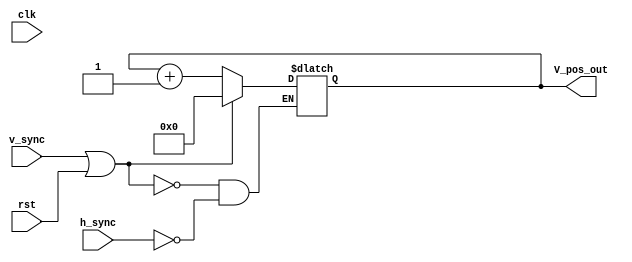
module count_h_sync(
    input wire clk,
    input wire rst,
    input wire h_sync,
    input wire v_sync,
    output reg [9:0] V_pos_out
);

   reg [9:0] V_pos = 0;

    always @(clk) begin
		if (v_sync|rst) begin
			V_pos <= 0;
		end else begin
			if (h_sync) begin
				V_pos <= V_pos + 1'b1;
			end
		end
	V_pos_out <= V_pos;
    end

endmodule